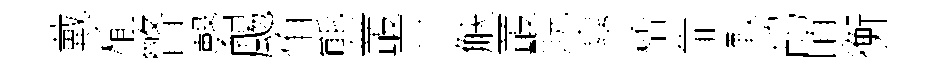
戴榆瞥磬颺侑熊叢亘觖叢貺臯桮靠較鸪頃衡